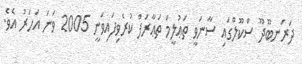
ދަރަނބޫދޫ ސްކޫލްގައި ސާނަވީ ތަޢުލީމް ތަޢާރަފް ކުރެވިފައިވަނީ 2005 ވަނަ އަހަރު އެވެ.